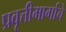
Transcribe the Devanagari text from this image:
प्रवृत्तीमार्गाचे